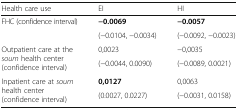
<table><thead><tr><td><b>Health care use</b></td><td><b>EI</b></td><td><b>HI</b></td></tr></thead><tbody><tr><td rowspan="2">FHC (confidence interval)</td><td><b>−0.0069</b></td><td><b>−0.0057</b></td></tr><tr><td>(−0.0104, −0.0034)</td><td>(−0.0092, −0.0023)</td></tr><tr><td rowspan="2">Outpatient care at the <i>soum</i> health center (confidence interval)</td><td>0,0023</td><td>−0,0035</td></tr><tr><td>(−0.0044, 0.0090)</td><td>(−0.0089, 0.0021)</td></tr><tr><td rowspan="2">Inpatient care at <i>soum</i> health center (confidence interval)</td><td><b>0,0127</b></td><td>0,0063</td></tr><tr><td>(0.0027, 0.0227)</td><td>(−0.0031, 0.0158)</td></tr></tbody></table>